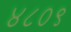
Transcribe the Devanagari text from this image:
४८०९